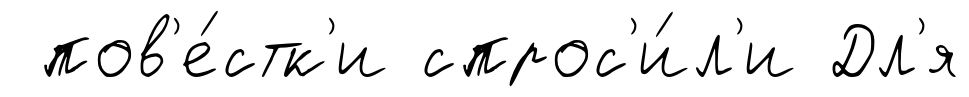
пов'е́стк'и спрос'и́л'и Дл'я